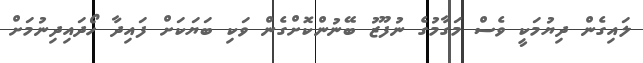
ލައިގެން ދިޔުމަކީ ވެސް މަގާމުގެ ނުފޫޒު ބޭނުންކޮށްގެން ވަކި ބަޔަކަށް ފައިދާ ހޯދައިދިނުމަށް